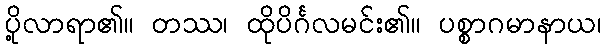
ပို့လာရာ၏။ တဿ၊ ထိုပိင်္ဂလမင်း၏။ ပစ္စာဂမာနာယ၊